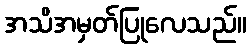
အသိအမှတ်ပြုလေသည်။